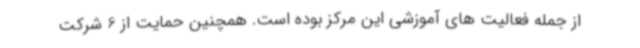
از جمله فعالیت های آموزشی این مرکز بوده است. همچنین حمایت از 6 شرکت